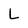
Character: L